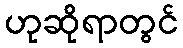
ဟုဆိုရာတွင်